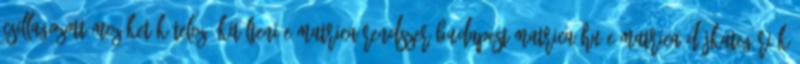
csillagozott mezőket kötelező kitölteni E-matrica rendszer Budapest-Matrica.hu E-matrica díjkategóriák